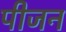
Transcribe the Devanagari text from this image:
पीजन